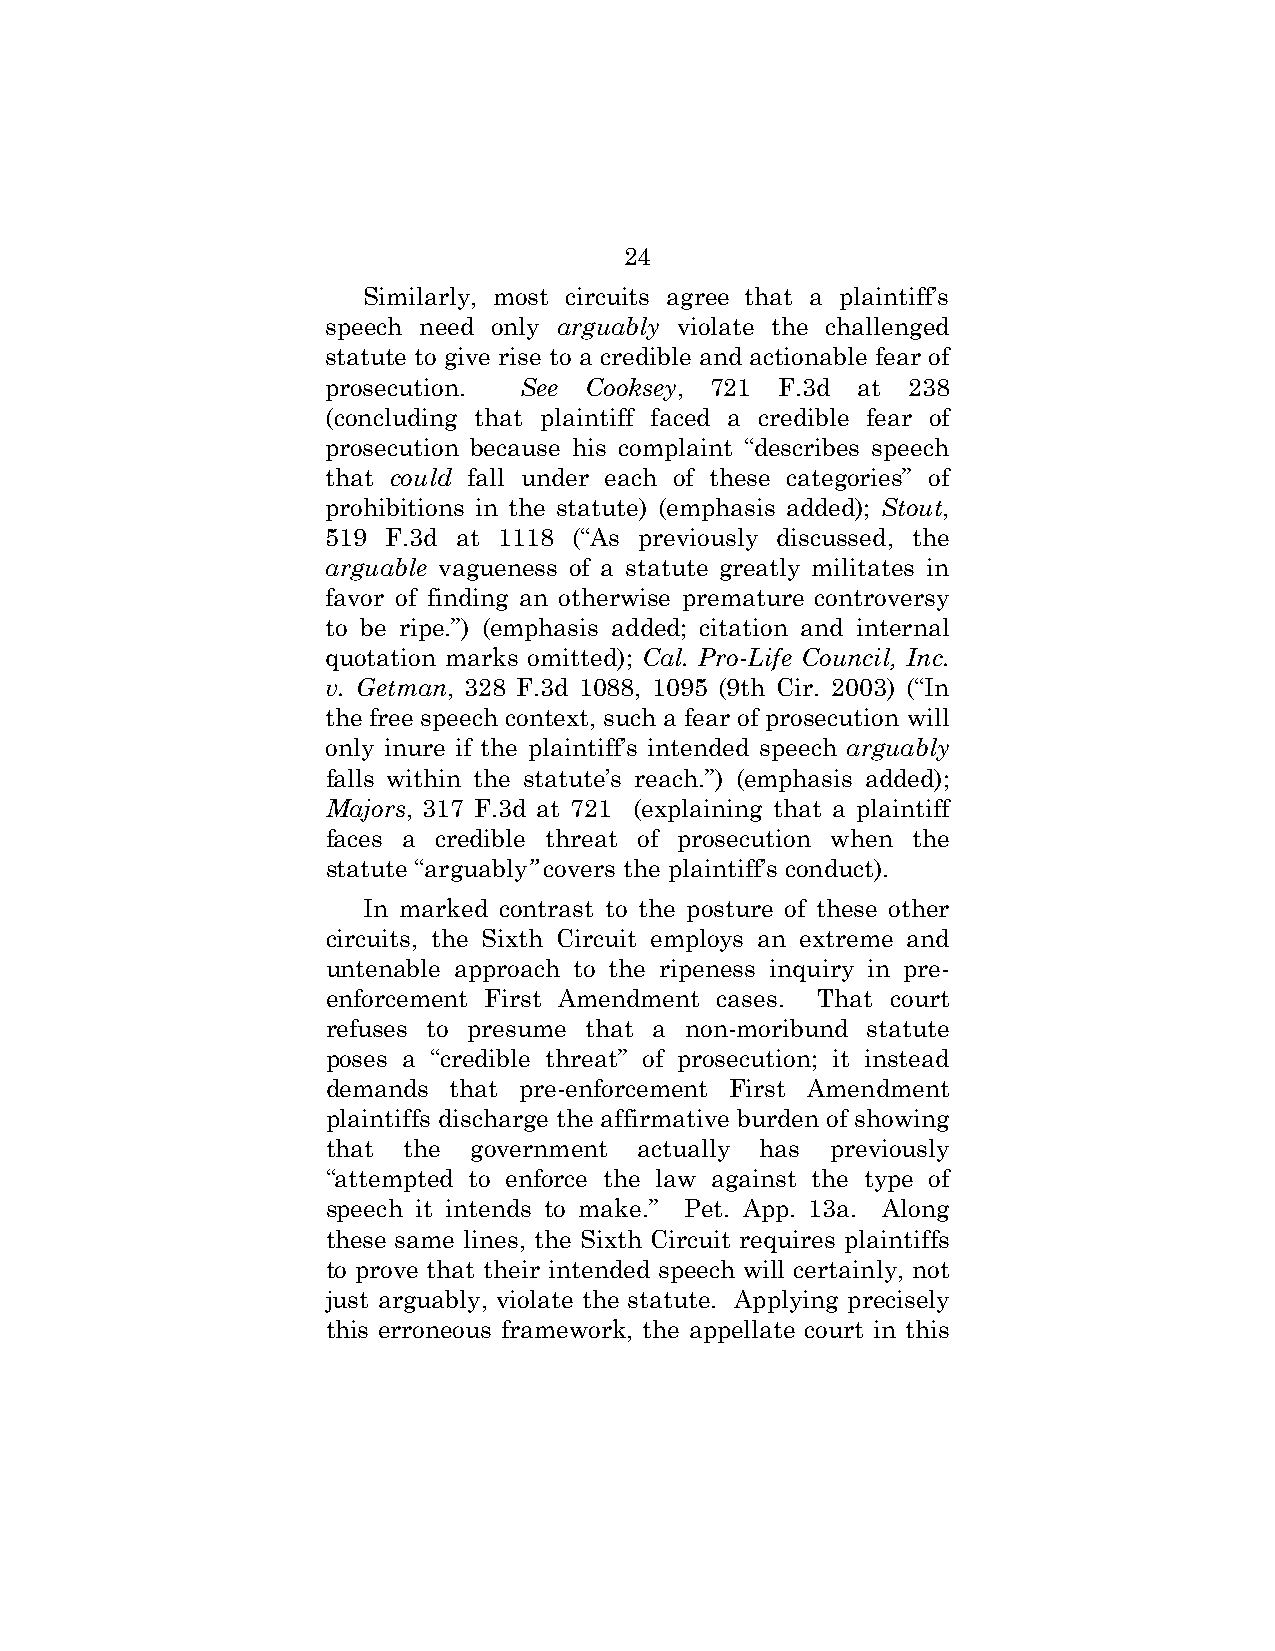
24
 Similarly, most circuits agree that a plaintiff’s
 speech need only arguably violate the challenged
 statute to give rise to a credible and actionable fear of
 prosecution. See Cooksey, 721 F.3d at 238
 (concluding that plaintiff faced a credible fear of
 prosecution because his complaint “describes speech
 that could fall under each of these categories” of
 prohibitions in the statute) (emphasis added); Stout,
 519 F.3d at 1118 (“As previously discussed, the
 arguable vagueness of a statute greatly militates in
 favor of finding an otherwise premature controversy
 to be ripe.”) (emphasis added; citation and internal
 quotation marks omitted); Cal. Pro-Life Council, Inc.
 v. Getman, 328 F.3d 1088, 1095 (9th Cir. 2003) (“In
 the free speech context, such a fear of prosecution will
 only inure if the plaintiff’s intended speech arguably
 falls within the statute’s reach.”) (emphasis added);
 Majors, 317 F.3d at 721 (explaining that a plaintiff
 faces a credible threat of prosecution when the
 statute “arguably” covers the plaintiff’s conduct).
 In marked contrast to the posture of these other
 circuits, the Sixth Circuit employs an extreme and
 untenable approach to the ripeness inquiry in pre-
 enforcement First Amendment cases. That court
 refuses to presume that a non-moribund statute
 poses a “credible threat” of prosecution; it instead
 demands that pre-enforcement First Amendment
 plaintiffs discharge the affirmative burden of showing
 that the government actually has previously
 “attempted to enforce the law against the type of
 speech it intends to make.” Pet. App. 13a. Along
 these same lines, the Sixth Circuit requires plaintiffs
 to prove that their intended speech will certainly, not
 just arguably, violate the statute. Applying precisely
 this erroneous framework, the appellate court in this